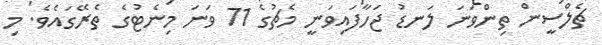
ޗެލްސީން ތިންވަނަ ލަނޑު ޖަހާފައިވަނީ މެޗުގެ 71 ވަނަ މިނެޓުގެ ތެރޭގައެވެ. މި